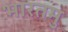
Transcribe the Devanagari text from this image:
भारतमु